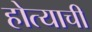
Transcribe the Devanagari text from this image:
होत्याची